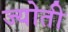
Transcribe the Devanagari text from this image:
ज्‍योती